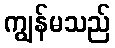
ကျွန်မသည်